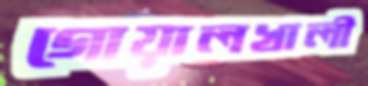
গোয়ালখালী